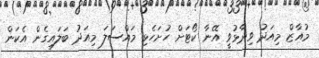
މުއާޒް މިއަދު ވިދާޅުވީ އޭނާ ކޯޓަށް ހުށަހެޅި މައްސަލަ މިއަދު ބަލައިގެން އެކަން